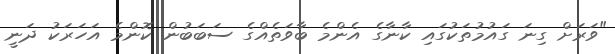
"ވަރަށް ގިނަ ގައުމުތަކުގައި ކާނާގެ އެންމެ ބާވަތެއްގެ ސަބަބުން ކޮންމެ އަހަރަކު ދަނީ